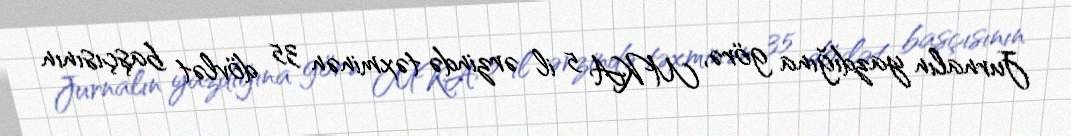
Jurnalın yazdığına görə, MKA 5 il ərzində təxminən 35 dövlət başçısının